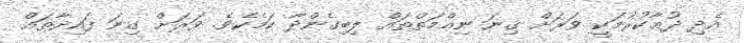
އެދި ދުޢާކުރުމަކީ ވަރަށް ގިނަ ނިޢްމަތްތައް ލިބިގެންދާ ކަމެކެވެ. ވަރަށް ގިނަ ފައިދާތައް